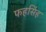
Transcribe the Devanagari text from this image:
फहसिंह